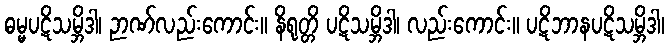
ဓမ္မပဋိသမ္ဘိဒါ၊ ဉာဏ်လည်းကောင်း။ နိရုတ္တိ ပဋိသမ္ဘိဒါ၊ လည်းကောင်း။ ပဋိဘာနပဋိသမ္ဘိဒါ၊